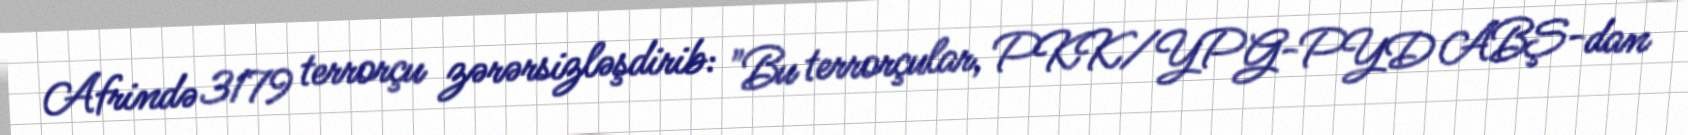
Afrində 3179 terrorçu zərərsizləşdirib: "Bu terrorçular, PKK/YPG-PYD ABŞ-dan